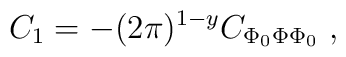
C_1= -(2\pi )^{1-y}C_{\Phi_0\Phi\Phi_0}\ ,